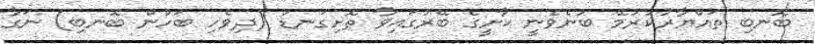
ބޮނބި ތައްޔާރުކުރުމޭ ބުނެވެނީ ކާށީގެ ބޭރުގައިވާ ތޮށިގަނޑު (ދިވެހި ބަހުން ބޮނބި) ނަގާ